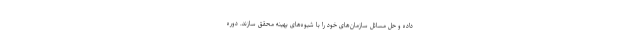
داده و حل مسائل سازمان‌های خود را با شیوه‌های بهینه محقق سازند. دوره